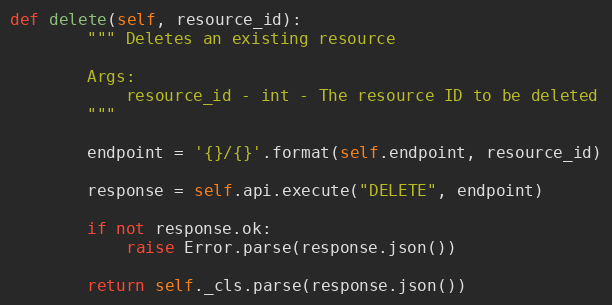
Language: Python
def delete(self, resource_id):
        """ Deletes an existing resource

        Args:
            resource_id - int - The resource ID to be deleted
        """

        endpoint = '{}/{}'.format(self.endpoint, resource_id)

        response = self.api.execute("DELETE", endpoint)

        if not response.ok:
            raise Error.parse(response.json())

        return self._cls.parse(response.json())